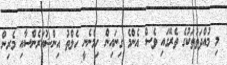
މި މުއްދަތުތަކުގެ ތެރޭގައި ވެސް އެންމެ ގިނައިން ހިމެނެނީ ހެލްތު އިންޝުއަރެންސާއި މެރިން